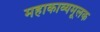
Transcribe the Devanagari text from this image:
महाकाव्यमूलक